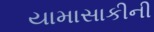
યામાસાકીની